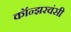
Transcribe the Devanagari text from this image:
कॉन्झरवंसी